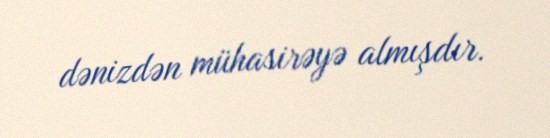
dənizdən mühasirəyə almışdır.